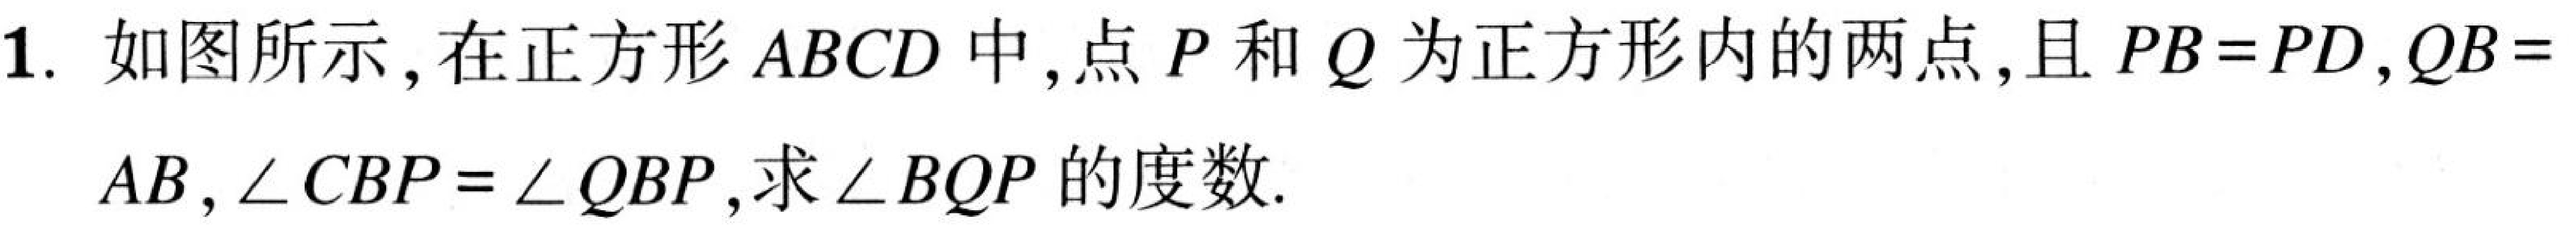
1. 如图所示，在正方形\(ABCD\)中，点\(P\)和\(Q\)为正方形内的两点，且\(PB = PD\)，\(QB =\)
\(AB\)，\(\angle CBP = \angle QBP\)，求\(\angle BQP\)的度数.